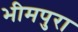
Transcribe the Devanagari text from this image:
भीमपुरा